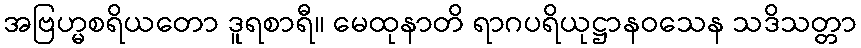
အဗြဟ္မစရိယတော ဒူရစာရီ။ မေထုနာတိ ရာဂပရိယုဋ္ဌာနဝသေန သဒိသတ္တာ